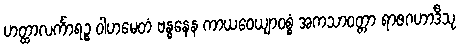
ဟတ္ထာလင်္ကာရဉ္စ ဝါဟမေတံ ဗန္ဓနေန ကာယဝေယျာဝစ္စံ အကသာဝတ္တာ ရာဇဂဟာဒီသု